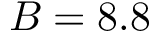
B = 8 . 8